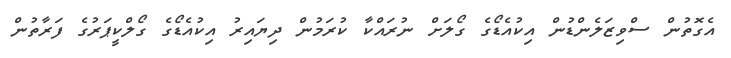
އެގޮތުން ސްވިޒަލެންޑުން އިކުއެޑޯގެ ގޯލަށް ނުރައްކާ ކުރަމުން ދިޔައިރު އިކުއެޑޯގެ ގޯލްކީޕަރުގެ ފަރާތުން